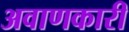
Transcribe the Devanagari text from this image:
अवाणकारी